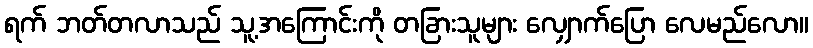
ရက် ဘတ်တလာသည် သူ့အကြောင်းကို တခြားသူများ လျှောက်ပြော လေမည်လော။